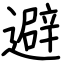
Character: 避